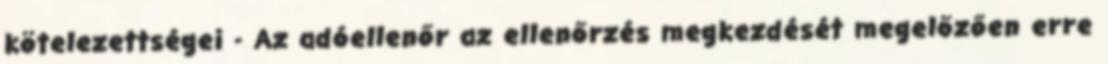
kötelezettségei - Az adóellenőr az ellenőrzés megkezdését megelőzően erre